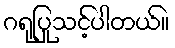
ဂရုပြုသင့်ပါတယ်။